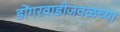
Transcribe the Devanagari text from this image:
डोंगरवाडीजवळच्या